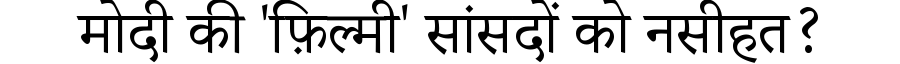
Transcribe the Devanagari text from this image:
मोदी की 'फ़िल्मी' सांसदों को नसीहत?